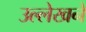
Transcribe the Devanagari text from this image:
उल्लेखने